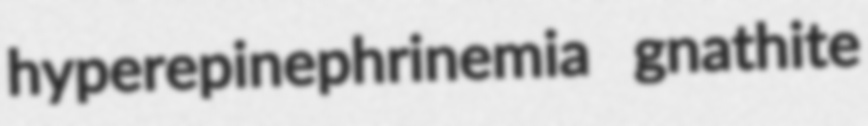
hyperepinephrinemia gnathite